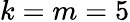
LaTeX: k=m=5